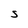
Character: S